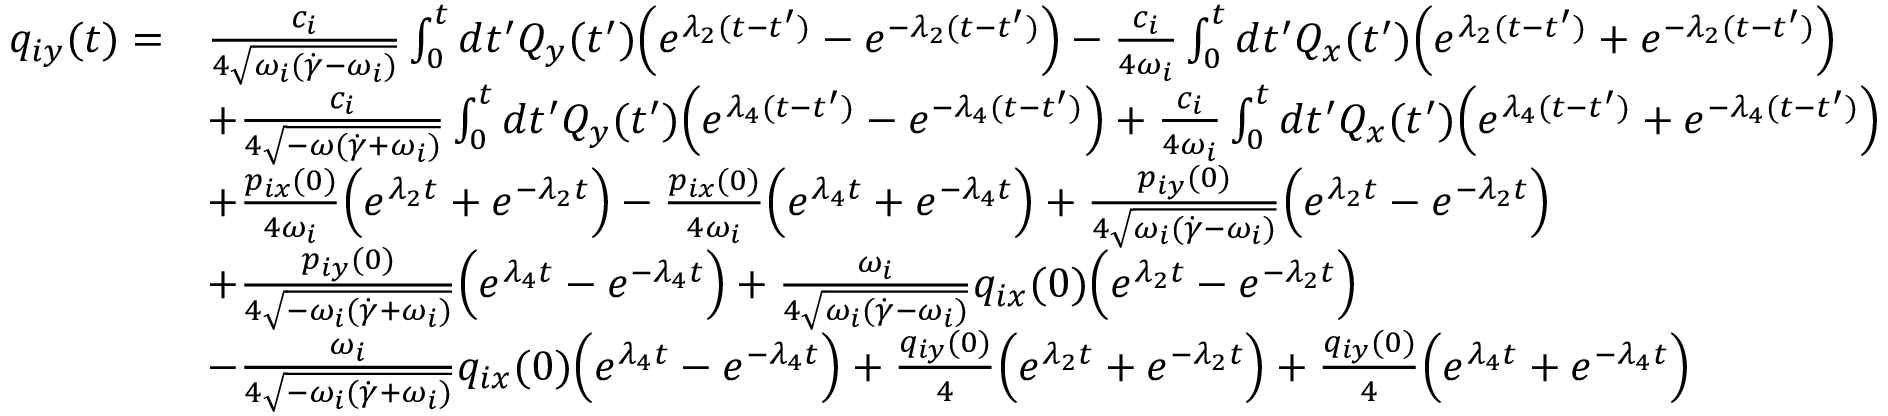
\begin{array} { r l } { q _ { i y } ( t ) = } & { \frac { c _ { i } } { 4 \sqrt { \omega _ { i } ( \dot { \gamma } - \omega _ { i } ) } } \int _ { 0 } ^ { t } d t ^ { \prime } Q _ { y } ( t ^ { \prime } ) \Bigl ( e ^ { \lambda _ { 2 } ( t - t ^ { \prime } ) } - e ^ { - \lambda _ { 2 } ( t - t ^ { \prime } ) } \Bigr ) - \frac { c _ { i } } { 4 \omega _ { i } } \int _ { 0 } ^ { t } d t ^ { \prime } Q _ { x } ( t ^ { \prime } ) \Bigl ( e ^ { \lambda _ { 2 } ( t - t ^ { \prime } ) } + e ^ { - \lambda _ { 2 } ( t - t ^ { \prime } ) } \Bigr ) } \\ & { + \frac { c _ { i } } { 4 \sqrt { - \omega ( \dot { \gamma } + \omega _ { i } ) } } \int _ { 0 } ^ { t } d t ^ { \prime } Q _ { y } ( t ^ { \prime } ) \Bigl ( e ^ { \lambda _ { 4 } ( t - t ^ { \prime } ) } - e ^ { - \lambda _ { 4 } ( t - t ^ { \prime } ) } \Bigr ) + \frac { c _ { i } } { 4 \omega _ { i } } \int _ { 0 } ^ { t } d t ^ { \prime } Q _ { x } ( t ^ { \prime } ) \Bigl ( e ^ { \lambda _ { 4 } ( t - t ^ { \prime } ) } + e ^ { - \lambda _ { 4 } ( t - t ^ { \prime } ) } \Bigr ) } \\ & { + \frac { p _ { i x } ( 0 ) } { 4 \omega _ { i } } \Bigl ( e ^ { \lambda _ { 2 } t } + e ^ { - \lambda _ { 2 } t } \Bigr ) - \frac { p _ { i x } ( 0 ) } { 4 \omega _ { i } } \Bigl ( e ^ { \lambda _ { 4 } t } + e ^ { - \lambda _ { 4 } t } \Bigr ) + \frac { p _ { i y } ( 0 ) } { 4 \sqrt { \omega _ { i } ( \dot { \gamma } - \omega _ { i } ) } } \Bigl ( e ^ { \lambda _ { 2 } t } - e ^ { - \lambda _ { 2 } t } \Bigr ) } \\ & { + \frac { p _ { i y } ( 0 ) } { 4 \sqrt { - \omega _ { i } ( \dot { \gamma } + \omega _ { i } ) } } \Bigl ( e ^ { \lambda _ { 4 } t } - e ^ { - \lambda _ { 4 } t } \Bigr ) + \frac { \omega _ { i } } { 4 \sqrt { \omega _ { i } ( \dot { \gamma } - \omega _ { i } ) } } q _ { i x } ( 0 ) \Bigl ( e ^ { \lambda _ { 2 } t } - e ^ { - \lambda _ { 2 } t } \Bigr ) } \\ & { - \frac { \omega _ { i } } { 4 \sqrt { - \omega _ { i } ( \dot { \gamma } + \omega _ { i } ) } } q _ { i x } ( 0 ) \Bigl ( e ^ { \lambda _ { 4 } t } - e ^ { - \lambda _ { 4 } t } \Bigr ) + \frac { q _ { i y } ( 0 ) } { 4 } \Bigl ( e ^ { \lambda _ { 2 } t } + e ^ { - \lambda _ { 2 } t } \Bigr ) + \frac { q _ { i y } ( 0 ) } { 4 } \Bigl ( e ^ { \lambda _ { 4 } t } + e ^ { - \lambda _ { 4 } t } \Bigr ) } \end{array}